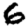
Digit: 6